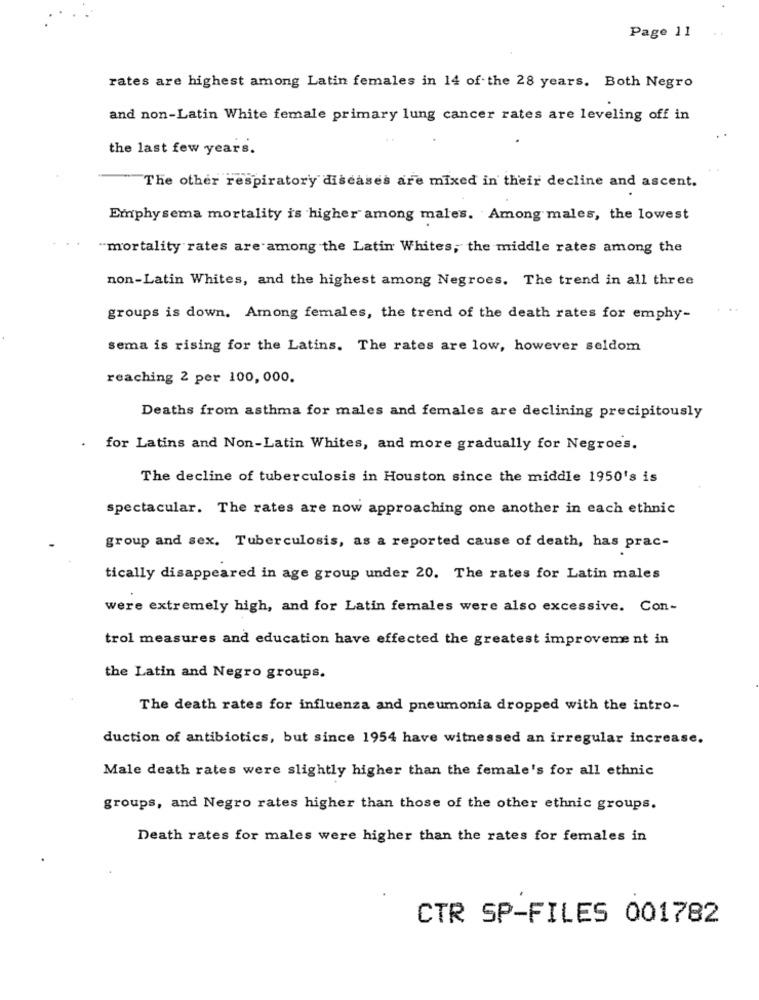
Page 11
rates are highest among Latin females in 14 of the 28 years. Both Negro
and non-Latin White female primary lung cancer rates are leveling off in
the last few years.
The other respiratory diseases are mixed in their decline and ascent.
Emphysema mortality is higher among males. Among males, the lowest
"mortality rates are among the Latin Whites, the middle rates among the
non-Latin Whites, and the highest among Negroes. The trend in all three
groups is down. Among females, the trend of the death rates for emphy-
sema is rising for the Latins. The rates are low, however seldom
reaching 2 per 100, 000.
Deaths from asthma for males and females are declining precipitously
for Latins and Non-Latin Whites, and more gradually for Negroes.
The decline of tuberculosis in Houston since the middle 1950's is
spectacular. The rates are now approaching one another in each ethnic
group and sex. Tuberculosis, as a reported cause of death, has prac-
tically disappeared in age group under 20. The rates for Latin males
were extremely high, and for Latin females were also excessive. Con-
trol measures and education have effected the greatest improvement in
the Latin and Negro groups.
The death rates for influenza and pneumonia dropped with the intro-
duction of antibiotics, but since 1954 have witnessed an irregular increase.
Male death rates were slightly higher than the female's for all ethnic
groups, and Negro rates higher than those of the other ethnic groups.
Death rates for males were higher than the rates for females in
CTR SP-FILES 001782